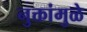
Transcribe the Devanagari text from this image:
नुक्तांमुळे